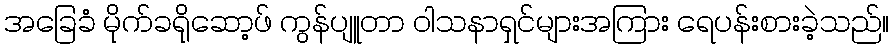
အခြေခံ မိုက်ခရိုဆော့ဖ် ကွန်ပျူတာ ဝါသနာရှင်များအကြား ရေပန်းစားခဲ့သည်။